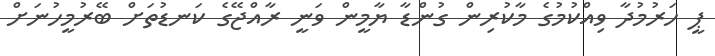
ޕީ ހަރުމުދާ ވިއްކުމުގެ މާކުރިން ގުންޑާ ޔާމީން ވަނީ ރާއްޖޭގެ ކަނޑުތަށް ބޭރުމީހުނަށް